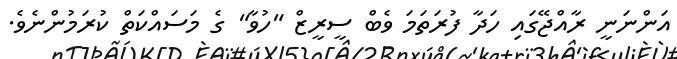
އަންނަނީ ރާއްޖޭގައި ހަދާ ފުރަތަމަ ވެބް ސީރީޒް "ހުވާ" ގެ މަސައްކަތް ކުރަމުންނެވެ.